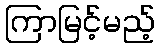
ကြာမြင့်မည့်